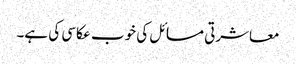
معاشرتی مسائل کی خوب عکاسی کی ہے۔